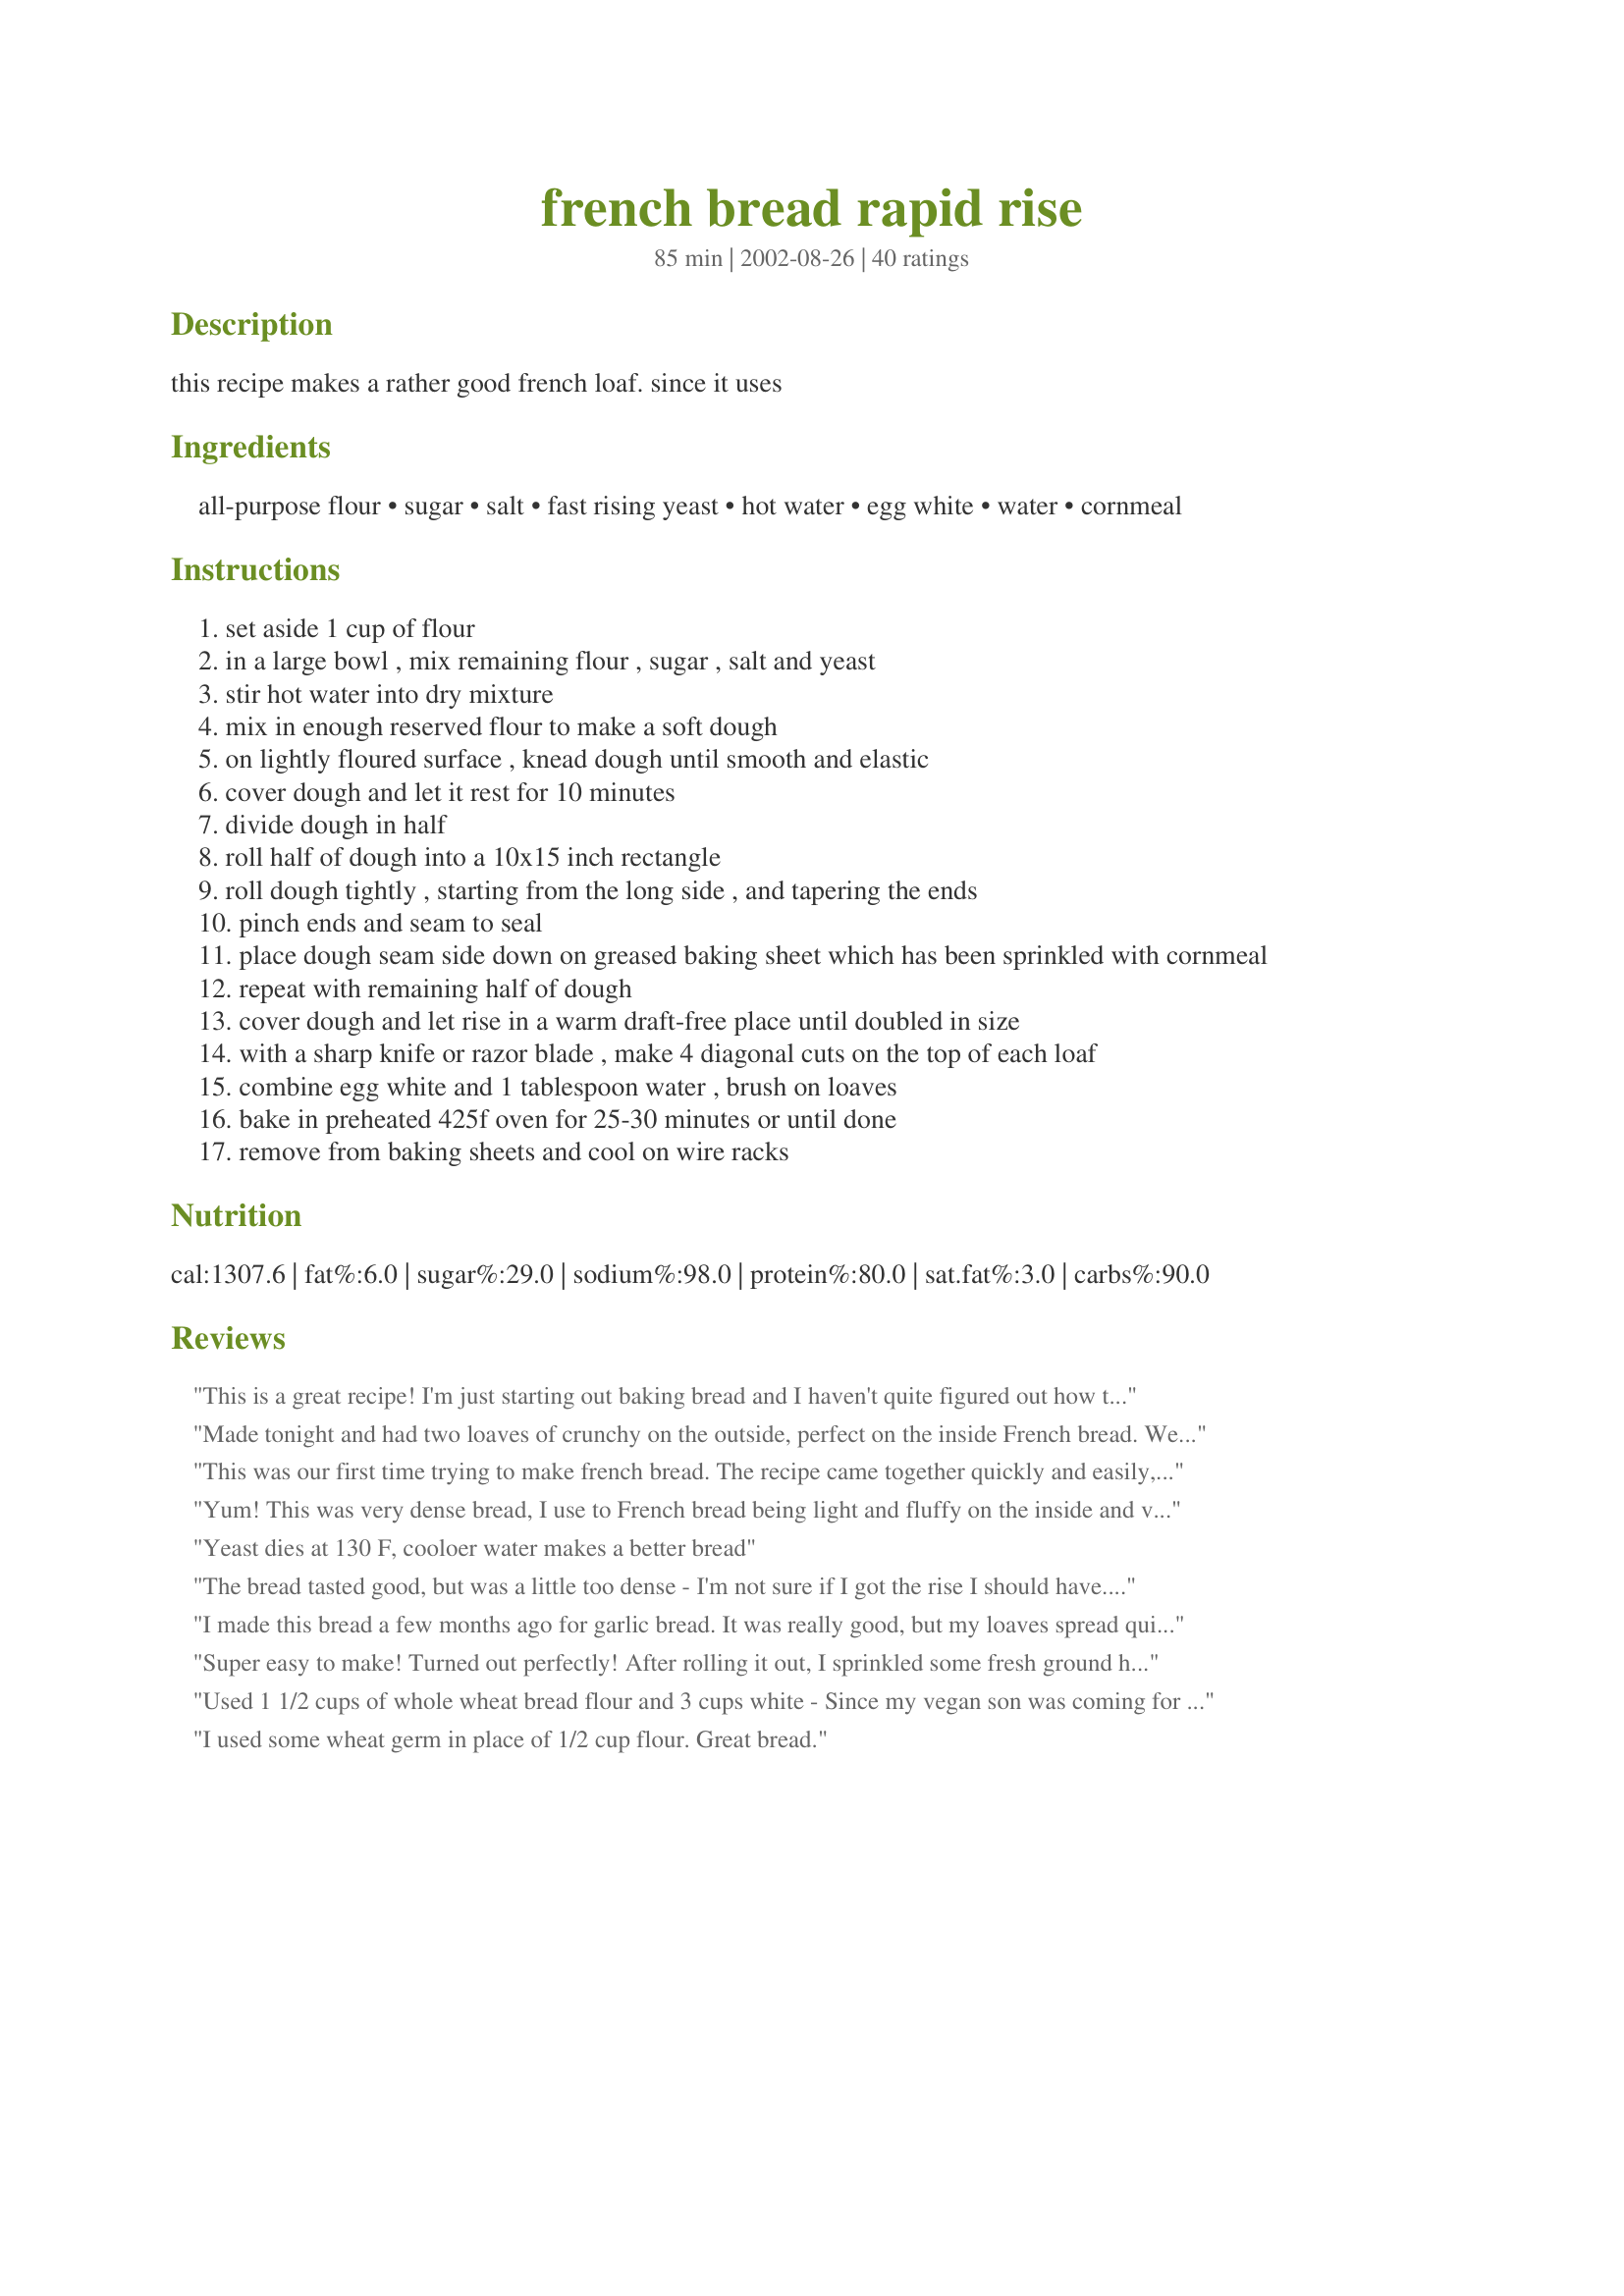
french bread rapid rise
Preparation time: 85 minutes

this recipe makes a rather good french loaf. since it uses

Ingredients:
all-purpose flour, sugar, salt, fast rising yeast, hot water, egg white, water, cornmeal

Steps:
set aside 1 cup of flour
in a large bowl , mix remaining flour , sugar , salt and yeast
stir hot water into dry mixture
mix in enough reserved flour to make a soft dough
on lightly floured surface , knead dough until smooth and elastic
cover dough and let it rest for 10 minutes
divide dough in half
roll half of dough into a 10x15 inch rectangle
roll dough tightly , starting from the long side , and tapering the ends
pinch ends and seam to seal
place dough seam side down on greased baking sheet which has been sprinkled with cornmeal
repeat with remaining half of dough
cover dough and let rise in a warm draft-free place until doubled in size
with a sharp knife or razor blade , make 4 diagonal cuts on the top of each loaf
combine egg white and 1 tablespoon water , brush on loaves
bake in preheated 425f oven for 25-30 minutes or until done
remove from baking sheets and cool on wire racks

Reviews:
This is a great recipe! I'm just starting out baking bread and I haven't quite figured out how to make my bread stand up without a loaf pan....so I followed all the steps, but I just placed my bread in a loaf pan rather than a baking sheet to rise so that it would get nice and fluffy.
Made tonight and had two loaves of crunchy on the outside, perfect on the inside French bread. We ate one with dinner and froze the other. Skipped the egg white step because I was being lazy, and slashed my loaves before the last rise time. Thanks for sharing the recipe!
This was our first time trying to make french bread. The recipe came together quickly and easily, and made two big loaves. Although it didn't taste specifically like french bread to us, but still a nice loaf of bread. We even made some home made butter to go with it. This recipe is best eaten the day it's baked.
Yum! This was very dense bread, I use to French bread being light and fluffy on the inside and very crunchy on the outside but this was not the case with this recipe. However it was still very yummy and it was very easy to put it together. I used it with Recipe #268457. Thank you Dee514
Yeast dies at 130 F, cooloer water makes a better bread
The bread tasted good, but was a little too dense - I'm not sure if I got the rise I should have. Perhaps my water was a little too hot? That said, it was easy to make and quick - so I'll give it another try. Thanks.
I made this bread a few months ago for garlic bread. It was really good, but my loaves spread quite a bit. So, instead of cutting each loaf in half, I just cut the bottoms off and went from there. But I am pretty new to bread making; so, it was definitely my fault. Thanks for the recipe! I will be keeping this one around!
Super easy to make! Turned out perfectly! After rolling it out, I sprinkled some fresh ground herbs on the bread before rolling it up jelly-roll style. Will definately make again!
Used 1 1/2 cups of whole wheat bread flour and 3 cups white - Since my vegan son was coming for dinner - I brushed cold water over the top instead of the egg white. It is great bread, quick and tasty. The water made a crunchy crust - next time I will try the egg white and see which I like the best. This was a real hit with everyone. Thanks Dee
I used some wheat germ in place of 1/2 cup flour. Great bread.
This recipe works out wonderfully! Definitely recommend especially if you are a first timer when it comes to bread making! Very simple and delicious!
This recipe couldn't be easier---I actually think I know what I'm doing when I make it---lol. I've had good and not-so-good results in my bread-baking efforts over the years, so this was such a nice surprise. The family loved it, and my DH was a little disappointed when he saw that I froze the second loaf. I told him I was saving it for next week.
The only "effort" needed in this recipe is the 8-10 minutes of kneading. I could have used the dough hook on my mixer, but I figured I could use the exercise (lol), so I kneaded the dough by hand.
This recipe is now my first choice for homemade bread. Thanks!
very good. moist and chewy, everybody loves this bread
Considering the time it took to make the bread, it was pretty good. Not light and fluffy like I am used to but good nonetheless. I used the bread to make garlic bread and it was great.
This bread recie is easy and delicious! We'll never buy French bread at the store again! My family gobbled up the sliced loaves at dinner, and finished off the first loaf plain as a snack before bedtime. I had resisted trying to make homemade French bread for a long time, as all the recipes I found seemed too complicated but this was easy to prepare and sooooo good.

I used regular yeast and just allowed extra rise time. I placed the formed loaves, covered in my garage to make the second rise faster. Perfect - and one we will make again and again!
This is the best French bread I have ever made! I will definitely make this again!
Turned out great!! I went with 4 1/2 cups flour to give a better crumb shortened the knead time to 2 minutes.
delicious! I didn't split it into two loaves, and I should have because my loaf was massive. A lot easier than running to the store too. :-)
This was soo yummy!! I made it tonight to pair with pasta and it turned out beautifully, crisp on the outside and dense and tender on the inside. Thank you for this great, easy recipe- it was my first time in years working with yeast and the results really couldn't have been better.
Just made it today for the very first time. and it turns out perfect. Im gonna make this again..<br/>and i felt good that i didn't failed..
Excellent bread! Easy to make and oh so tasty!
Ok, my 1st time making french bread. But this came out wonderful!! I mixed it in my KA mixer, was quick and easy. Everyone ate it up, nice and crusty. Was a winning recipe all around.
Excellent!!! This was a very easy bread to make. I let my Kitchen Aid Stand mixer do most of the kneading and followed the rest of the recipe directions exactly as written. I can't believe how light and fluffy the bread turned out. I especially like the contrast of the crispy crust. Thanks for posting this recipe.
Wonderful, easy to make bread. I find myself craving this often. Thank you for such a great recipe!
Very easy to make. I made half of the recipe, and it turned out great (especially for my second time baking bread!). I'll add a bit more sugar next time.
The taste of this bread is good. This is my first bread with yeast and it was very easy to make. I liked how it uses rapid rise, therefore lowering the rise times. This recipe tasted great and was overall easy and fun to make!
This bread can be made almost in the time that it would take to get in the car and drive to the store. It is quick, easy and has a nice texture and it can be easily reduced to 1 loaf. Thanks for a great bread in a hurry.
Delicious french bread! I was short 1/2 tsp of yeast & didn't have fast rising, so I let it rise twice as I would with other breads. I made two thin loaves & only one of them made it to the table! This recipe was easy, produced a great raw dough to handle (would be a good recipe for beginners), had a thin but crunchy crust & a soft, dense inside. Great flavor! I made it for recipe #99153 & incidentally tested it by dipping slices into recipe #290642 which will be the next sammy this bread is featured in. Thanks for sharing, Dee!
Excellent French Bread. Went together so easy. I can't believe how quickly I had fresh made French Bread. The flavor and texture were perfect. Thanks
Really great recipe, Thank you! I was in a hurry, so I picked this recipe before even reading the reviews. I halved it, and even though I just kindof slopped the ingredients in without being extremely careful with my measuring, this bread turned out wonderful! Chewy and moist. Even my boyfriend (who says he is not a big bread fan) loved it! I am on my way to buy more flour so I can make them for dinner again tonight! Thank you again!
This recipe turned out wonderful!! The bread was perfect in every way. will def make this again and again! I
This was only the second time I've tried making my own bread and I'm quite happy with how easy it was and how yummy it turned out to be! Plus cutting the recipe in half to make only one loaf was easily done. Definitely will be making this one again!
Very easy, and very tasty. I let the loaves rise for more than double the time, and it gave the bread a very subtle yeast flavor that was delicious. The dough handled very well, too. I will definitely make again.
I tried this recipe out today and the bread is delicious. I had the bread machine knead the dough and then shaped it by hand and baked it in the oven. Turned out very good !
This was great, i cut the recipe in half and made one long piece of french bread to cut up for bruschetta, it worked out great!! My first bread ever, thanks for the recipe, i will def. be using this often.... no more trips to the grocery store for french bread!
I am going to be lucky 13 reviewer. This a a fantatic loaf of bread and it also makes great rolls. I made these today for shredded chicken sandwiches and as DS said when asked, "do you see anything left on my plate?" "make these again mom the crust is perfect!" The crust was a crispy, artesian style as I baked in the oven on a stone. I also made the rolls on a stone and they were SUPER moist and flaky inside, just like I used to get in Paris at the bakery.This recipe is the takeover for my bread machine recipe. WOW
I can't believe how easy this was to make,and i've made it twice in a week.The taste and texture are great.I changed nothing,perfect as it is.Thanks,Dee514
Very easy and fast. Great crust and soft inside. I loved it.
Yummy bread! My daughter was just diagnosed with a severe nut allergy, so I find myself an overnight baker. This bread was super easy for a beginner, and tastes delicious!
Delicious! It turned out beautifully golden brown and so chewy and moist on the inside. Will use this recipe regularly.
